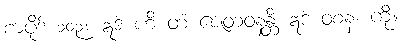
စာပိုဒ် ၁၀၃။ ဣဒံ ဟိ တံ ဇေတဝနန္တိ ဣဒံ ဝစနံ၊ ကို။